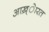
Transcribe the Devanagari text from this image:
आख़्ेारत